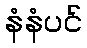
နံနံပင်